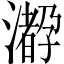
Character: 𤁛